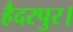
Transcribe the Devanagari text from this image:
हैदरपुर।